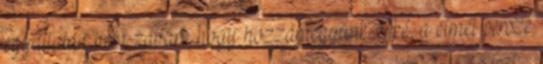
egyáltalán nem zavart, hogy hozzámegyünk. Oké, a címét persze